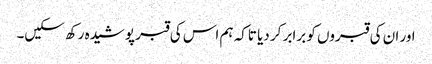
اور ان کی قبروں کو برابر کر دیا تاکہ ہم اس کی قبر پوشیدہ رکھ سکیں۔